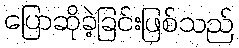
ပြောဆိုခဲ့ခြင်းဖြစ်သည်